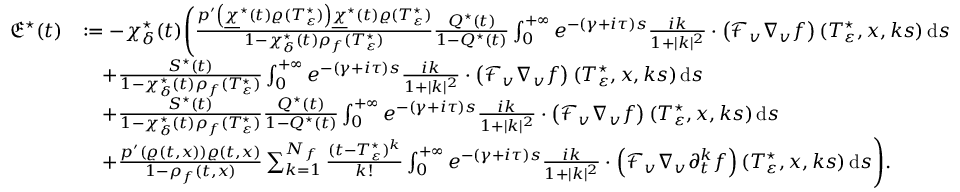
\begin{array} { r l } { \mathfrak { E } ^ { \star } ( t ) } & { : = - \chi _ { \delta } ^ { \star } ( t ) \Bigg ( \frac { p ^ { \prime } \left( \underline { { \chi } } ^ { \star } ( t ) \varrho ( T _ { \varepsilon } ^ { \star } ) \right) \underline { { \chi } } ^ { \star } ( t ) \varrho ( T _ { \varepsilon } ^ { \star } ) } { 1 - \chi _ { \delta } ^ { \star } ( t ) \rho _ { f } ( T _ { \varepsilon } ^ { \star } ) } \frac { Q ^ { \star } ( t ) } { 1 - Q ^ { \star } ( t ) } \int _ { 0 } ^ { + \infty } e ^ { - ( \gamma + i \tau ) s } \frac { i k } { 1 + \vert k \vert ^ { 2 } } \cdot \left( \mathcal { F } _ { v } \nabla _ { v } f \right) ( T _ { \varepsilon } ^ { \star } , x , k s ) \, \mathrm { d } s } \\ & { \quad + \frac { S ^ { \star } ( t ) } { 1 - \chi _ { \delta } ^ { \star } ( t ) \rho _ { f } ( T _ { \varepsilon } ^ { \star } ) } \int _ { 0 } ^ { + \infty } e ^ { - ( \gamma + i \tau ) s } \frac { i k } { 1 + \vert k \vert ^ { 2 } } \cdot \left( \mathcal { F } _ { v } \nabla _ { v } f \right) ( T _ { \varepsilon } ^ { \star } , x , k s ) \, \mathrm { d } s } \\ & { \quad + \frac { S ^ { \star } ( t ) } { 1 - \chi _ { \delta } ^ { \star } ( t ) \rho _ { f } ( T _ { \varepsilon } ^ { \star } ) } \frac { Q ^ { \star } ( t ) } { 1 - Q ^ { \star } ( t ) } \int _ { 0 } ^ { + \infty } e ^ { - ( \gamma + i \tau ) s } \frac { i k } { 1 + \vert k \vert ^ { 2 } } \cdot \left( \mathcal { F } _ { v } \nabla _ { v } f \right) ( T _ { \varepsilon } ^ { \star } , x , k s ) \, \mathrm { d } s } \\ & { \quad + \frac { p ^ { \prime } ( \varrho ( t , x ) ) \varrho ( t , x ) } { 1 - \rho _ { f } ( t , x ) } \sum _ { k = 1 } ^ { N _ { f } } \frac { ( t - T _ { \varepsilon } ^ { \star } ) ^ { k } } { k ! } \int _ { 0 } ^ { + \infty } e ^ { - ( \gamma + i \tau ) s } \frac { i k } { 1 + \vert k \vert ^ { 2 } } \cdot \left( \mathcal { F } _ { v } \nabla _ { v } \partial _ { t } ^ { k } f \right) ( T _ { \varepsilon } ^ { \star } , x , k s ) \, \mathrm { d } s \Bigg ) . } \end{array}